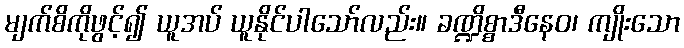
မျက်စိကိုဖွင့်၍ ယူအပ် ယူနိုင်ပါသော်လည်း။ ခဏ္ဍိစ္စာဒီနေဝ၊ ကျိုးသော